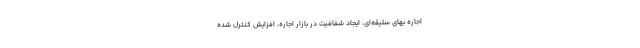
اجاره بهای سلیقه‌ای، ایجاد شفافیت در بازار اجاره، افزایش کنترل شده